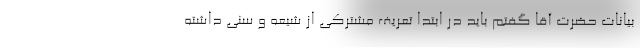
بیانات حضرت آقا گفتم باید در ابتدا تعریف مشترکی از شیعه و سنی داشته